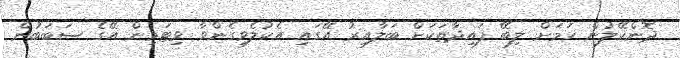
ދޮންކޭލުން ހަމަށް ލިބޭ ފައިދާތަކަށް ބަލާއިރު އޭގައި އެކުލެވިގެންވާ ވިޓަމިން އޭގެ ސަބަބުން